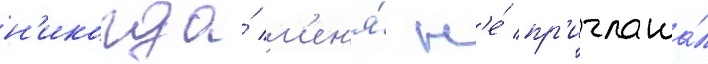
н'икогда́ м'ен'я́ н'е́ пр'иглаша́л